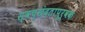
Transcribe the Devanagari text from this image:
स्वच्छंदतापूर्वक